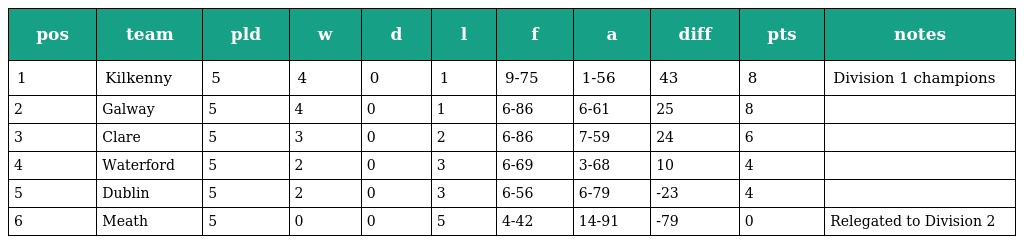
| pos | team | pld | w | d | l | f | a | diff | pts | notes |
 | --- | --- | --- | --- | --- | --- | --- | --- | --- | --- | --- |
 | 1 | Kilkenny | 5 | 4 | 0 | 1 | 9-75 | 1-56 | 43 | 8 | Division 1 champions |
 | 2 | Galway | 5 | 4 | 0 | 1 | 6-86 | 6-61 | 25 | 8 |  |
 | 3 | Clare | 5 | 3 | 0 | 2 | 6-86 | 7-59 | 24 | 6 |  |
 | 4 | Waterford | 5 | 2 | 0 | 3 | 6-69 | 3-68 | 10 | 4 |  |
 | 5 | Dublin | 5 | 2 | 0 | 3 | 6-56 | 6-79 | -23 | 4 |  |
 | 6 | Meath | 5 | 0 | 0 | 5 | 4-42 | 14-91 | -79 | 0 | Relegated to Division 2 |